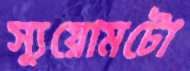
স্যুয়োমটো